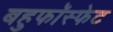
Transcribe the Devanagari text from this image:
बहुफॉस्फेट